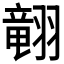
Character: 𱻢